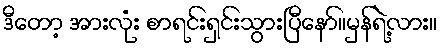
ဒီတော့ အားလုံး စာရင်းရှင်းသွားပြီနော်။မှန်ရဲ့လား။